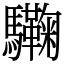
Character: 驧